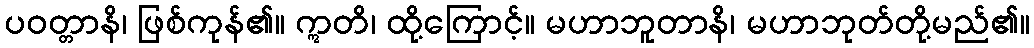
ပဝတ္တာနိ၊ ဖြစ်ကုန်၏။ ဣတိ၊ ထို့ကြောင့်။ မဟာဘူတာနိ၊ မဟာဘုတ်တို့မည်၏။